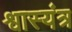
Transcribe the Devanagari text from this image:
श्वास्यंत्र